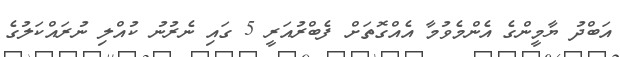
އަބްދު ޔާމީންގެ އެންމެވުމާ އެއްގޮތަށް ފެބްރުއަރީ 5 ގައި ނެރުނު ކުއްލި ނުރައްކަލުގެ